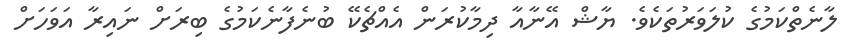
ލާނެތްކަމުގެ ކުލަވަރުތަކެވެ. ޔާޝް އޭނާއާ ދިމާކުރަން އެއްޗެކޭ ބުނެފާނެކަމުގެ ބިރަށް ނައިރާ އަވަހަށް